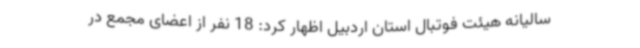
سالیانه هیئت فوتبال استان اردبیل اظهار کرد: 18 نفر از اعضای مجمع در